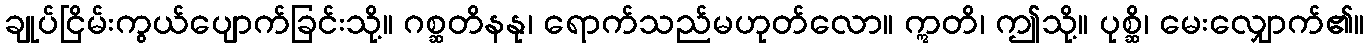
ချုပ်ငြိမ်းကွယ်ပျောက်ခြင်းသို့။ ဂစ္ဆတိနနု၊ ရောက်သည်မဟုတ်လော။ ဣတိ၊ ဤသို့။ ပုစ္ဆိ၊ မေးလျှောက်၏။